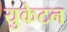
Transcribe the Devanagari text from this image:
युकेटन